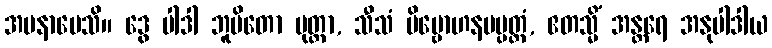
အပနာမေသိ။ ဒွေ ပါဒါ ဘူမိတော မုတ္တာ, သီသံ ဗိမ္ဗောဟနမပ္ပတ္တံ, ဧတသ္မိံ အန္တရေ အနုပါဒါယ